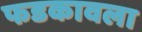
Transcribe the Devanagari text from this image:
फडकावला